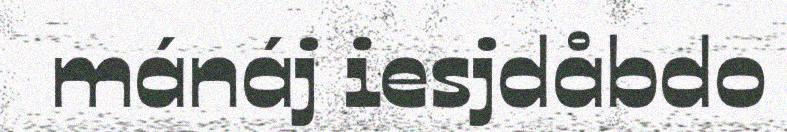
mánáj iesjdåbdo